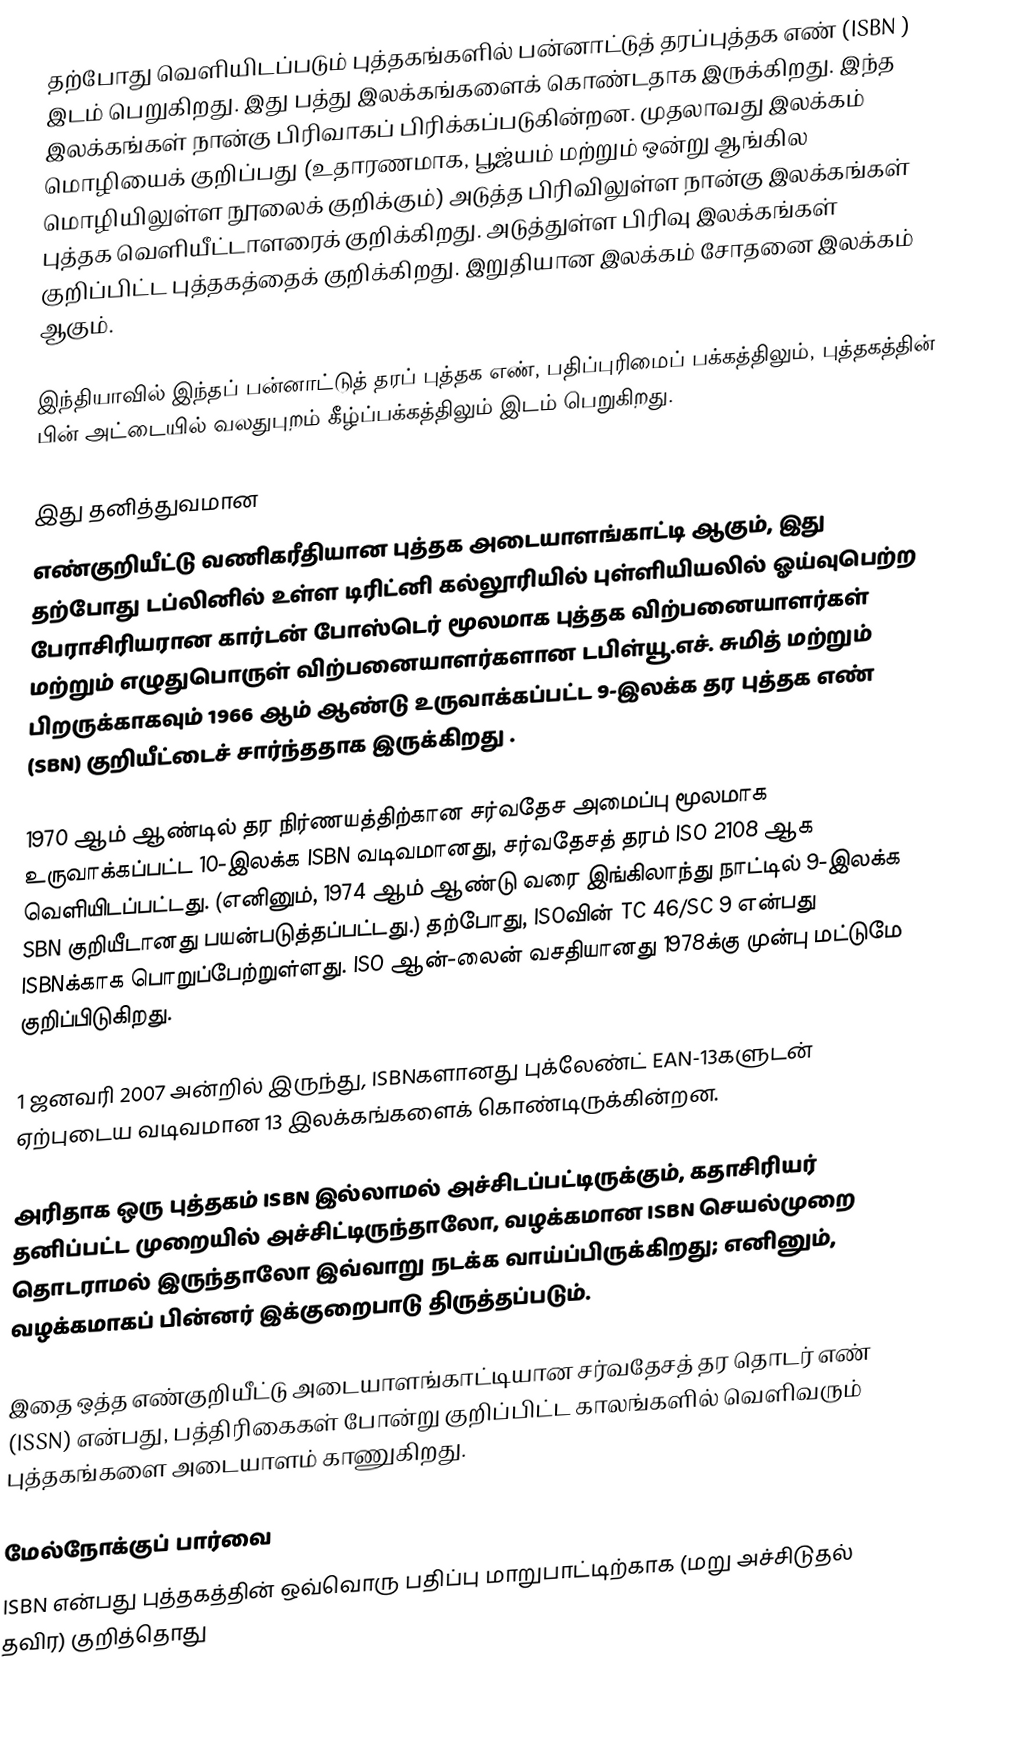
தற்போது வெளியிடப்படும் புத்தகங்களில் பன்னாட்டுத் தரப்புத்தக எண் (ISBN ) இடம் பெறுகிறது. இது பத்து இலக்கங்களைக் கொண்டதாக இருக்கிறது. இந்த இலக்கங்கள் நான்கு பிரிவாகப் பிரிக்கப்படுகின்றன. முதலாவது இலக்கம் மொழியைக் குறிப்பது (உதாரணமாக, பூஜ்யம் மற்றும் ஒன்று ஆங்கில மொழியிலுள்ள நூலைக் குறிக்கும்) அடுத்த பிரிவிலுள்ள நான்கு இலக்கங்கள் புத்தக வெளியீட்டாளரைக் குறிக்கிறது. அடுத்துள்ள பிரிவு இலக்கங்கள் குறிப்பிட்ட புத்தகத்தைக் குறிக்கிறது. இறுதியான இலக்கம் சோதனை இலக்கம் ஆகும்.

இந்தியாவில் இந்தப் பன்னாட்டுத் தரப் புத்தக எண், பதிப்புரிமைப் பக்கத்திலும், புத்தகத்தின் பின் அட்டையில் வலதுபுறம் கீழ்ப்பக்கத்திலும் இடம் பெறுகிறது.

இது தனித்துவமான
எண்குறியீட்டு வணிகரீதியான புத்தக அடையாளங்காட்டி ஆகும், இது தற்போது டப்லினில் உள்ள டிரிட்னி கல்லூரியில் புள்ளியியலில் ஓய்வுபெற்ற பேராசிரியரான கார்டன் போஸ்டெர் மூலமாக புத்தக விற்பனையாளர்கள் மற்றும் எழுதுபொருள் விற்பனையாளர்களான டபிள்யூ.எச். சுமித் மற்றும் பிறருக்காகவும் 1966 ஆம் ஆண்டு உருவாக்கப்பட்ட 9-இலக்க தர புத்தக எண் (SBN) குறியீட்டைச் சார்ந்ததாக இருக்கிறது .

1970 ஆம் ஆண்டில் தர நிர்ணயத்திற்கான சர்வதேச அமைப்பு மூலமாக உருவாக்கப்பட்ட 10-இலக்க ISBN வடிவமானது, சர்வதேசத் தரம் ISO 2108 ஆக வெளியிடப்பட்டது. (எனினும், 1974 ஆம் ஆண்டு வரை இங்கிலாந்து நாட்டில் 9-இலக்க SBN குறியீடானது பயன்படுத்தப்பட்டது.) தற்போது, ISOவின் TC 46/SC 9 என்பது ISBNக்காக பொறுப்பேற்றுள்ளது. ISO ஆன்-லைன் வசதியானது 1978க்கு முன்பு மட்டுமே குறிப்பிடுகிறது.

1 ஜனவரி 2007 அன்றில் இருந்து, ISBNகளானது புக்லேண்ட் EAN-13களுடன் ஏற்புடைய வடிவமான 13 இலக்கங்களைக் கொண்டிருக்கின்றன.

அரிதாக ஒரு புத்தகம் ISBN இல்லாமல் அச்சிடப்பட்டிருக்கும், கதாசிரியர் தனிப்பட்ட முறையில் அச்சிட்டிருந்தாலோ, வழக்கமான ISBN செயல்முறை தொடராமல் இருந்தாலோ இவ்வாறு நடக்க வாய்ப்பிருக்கிறது; எனினும், வழக்கமாகப் பின்னர் இக்குறைபாடு திருத்தப்படும்.

இதை ஒத்த எண்குறியீட்டு அடையாளங்காட்டியான சர்வதேசத் தர தொடர் எண் (ISSN) என்பது, பத்திரிகைகள் போன்று குறிப்பிட்ட காலங்களில் வெளிவரும் புத்தகங்களை அடையாளம் காணுகிறது.

மேல்நோக்குப் பார்வை
ISBN என்பது புத்தகத்தின் ஒவ்வொரு பதிப்பு மாறுபாட்டிற்காக (மறு அச்சிடுதல் தவிர) குறித்தொது